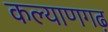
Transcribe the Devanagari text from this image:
कल्याणगढ़